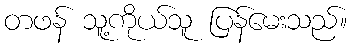
တဖန် သူ့ကိုယ်သူ ပြန်မေးသည်။